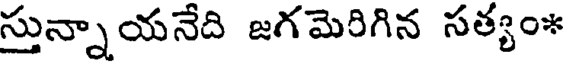
స్తున్నాయనేది జగమెరిగిన సత్యం*